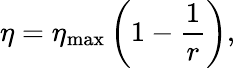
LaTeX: \eta=\eta_{\mathrm{max}}\left(1-\frac{1}{r}\right),